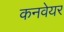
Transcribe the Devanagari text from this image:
कनवेयर